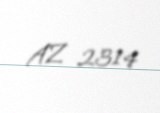
AZ 2314